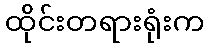
ထိုင်းတရားရုံးက